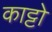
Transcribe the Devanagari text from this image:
काट्टो